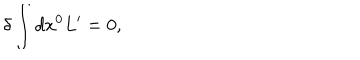
LaTeX: \delta \int d x ^ { 0 } L ^ { \prime } = 0 ,